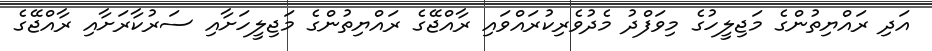
އަދި ރައްޔިތުންގެ މަޖިލީހުގެ މިވަފްދު މެދުވެރިކުރައްވައި ރާއްޖޭގެ ރައްޔިތުންގެ މަޖިލީހަށާއި ސަރުކާރަށާއި ރާއްޖޭގެ